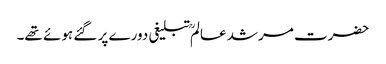
حضرت مرشد عالمؒ تبلیغی دورے پر گئے ہوئے تھے۔